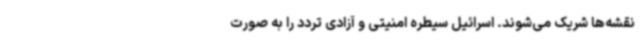
نقشه‌ها شریک می‌شوند. اسرائیل سیطره امنیتی و آزادی تردد را به صورت